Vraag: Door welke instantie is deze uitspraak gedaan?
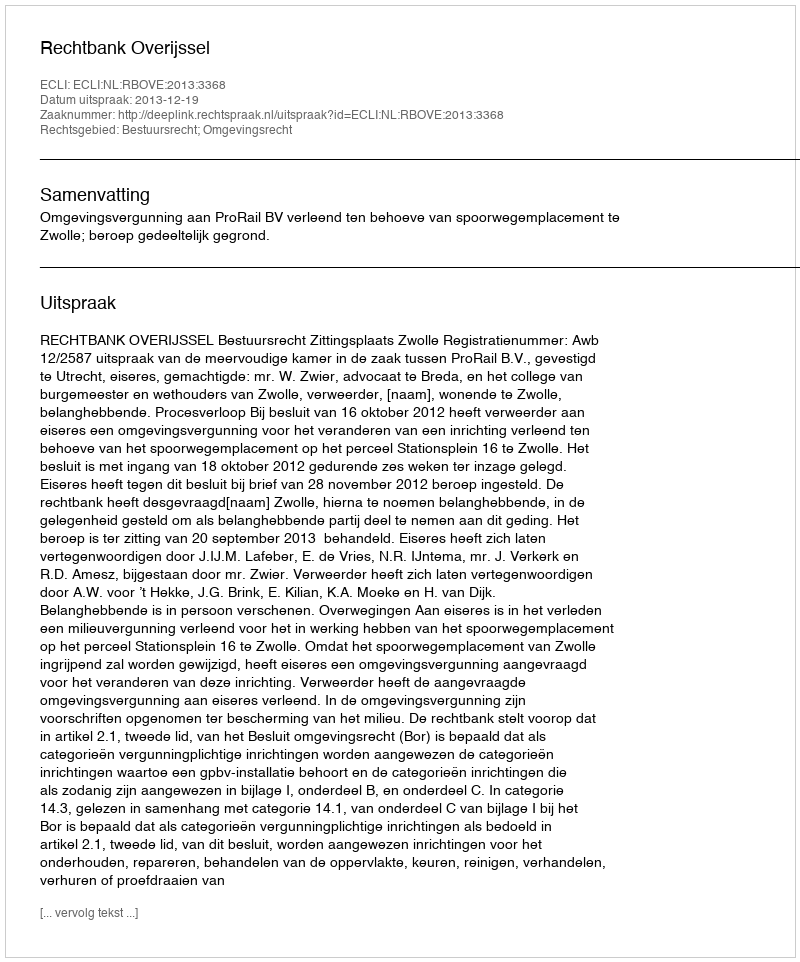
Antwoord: Rechtbank Overijssel